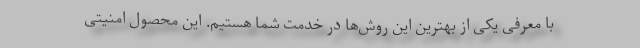
با معرفی یکی از بهترین این روش‌ها در خدمت شما هستیم. این محصول امنیتی